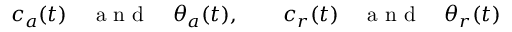
c _ { a } ( t ) \quad \textrm { a n d } \quad \theta _ { a } ( t ) , \quad \quad c _ { r } ( t ) \quad \textrm { a n d } \quad \theta _ { r } ( t )